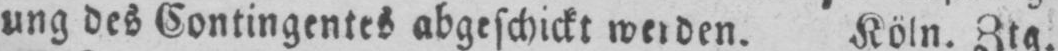
ung des Contingentes abgeschickt werden. Köln. Ztg.